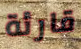
قارئة